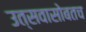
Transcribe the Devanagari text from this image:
उत्सवासोबतच